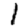
Digit: 1